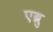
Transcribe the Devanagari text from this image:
एब्रु